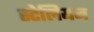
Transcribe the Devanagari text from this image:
स्टेलियन